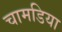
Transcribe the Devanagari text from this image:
चामडिया